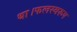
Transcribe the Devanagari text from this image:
था।फलस्वरूप